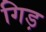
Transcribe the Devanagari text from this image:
गिड़